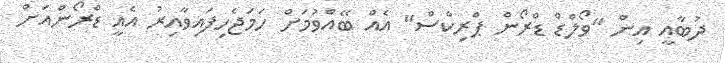
ދުބާއީ އިން "ވޯލްޑް ޑްރޯން ޕްރިކްސް" އެއް ބޭއްވުމަށް ހަމަޖެހިފައިވާއިރު އެއީ ޑްރޯންއަށް